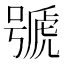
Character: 𱿒